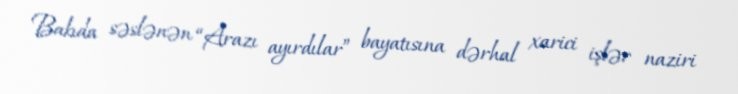
Bakıda səslənən “Arazı ayırdılar” bayatısına dərhal xarici işlər naziri